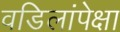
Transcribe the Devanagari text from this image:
वडिलांपेक्षा